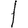
Digit: 1